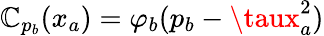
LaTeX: \mathbb{C}_{p_{b}}(x_{a})=\varphi_{b}(p_{b}-\taux_{a}^{2})